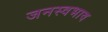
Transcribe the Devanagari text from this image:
जनस्वभाव